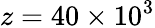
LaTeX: z=40\times 10^{3}